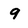
Character: 9